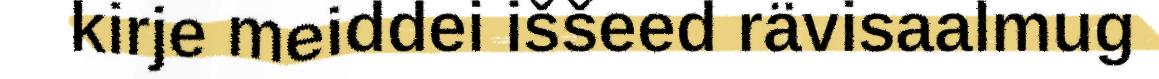
kirje meiddei iššeed rävisaalmug